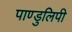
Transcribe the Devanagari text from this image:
पाण्डुलिपी